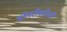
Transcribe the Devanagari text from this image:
डोंगरीकोळी